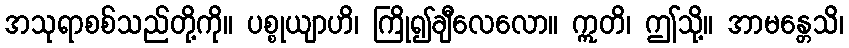
အသုရာစစ်သည်တို့ကို။ ပစ္စုယျာဟိ၊ ကြို၍ချီလေလော။ ဣတိ၊ ဤသို့။ အာမန္တေသိ၊